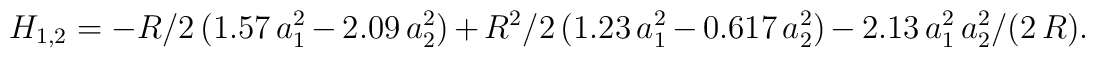
H_{1,2}=-R/2\,(1.57\,a_1^2-2.09\,a_2^2)+ R^2/2\,(1.23\,a_1^2-0.617\,a_2^2)-2.13\,a_1^2\,a_2^2/(2\,R).